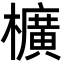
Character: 櫎